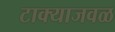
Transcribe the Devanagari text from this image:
टाक्याजवळ